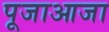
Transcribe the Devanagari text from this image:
पूजाआजा